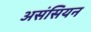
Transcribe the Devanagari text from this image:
असंसियन